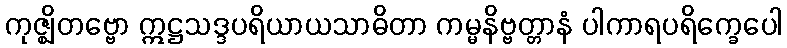
ကုဇ္ဈိတဗ္ဗော ဣဋ္ဌသဒ္ဒပရိယာယသာဓိတာ ကမ္မနိဗ္ဗတ္တာနံ ပါကာရပရိက္ခေပေါ